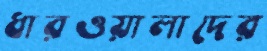
ধারওয়ালাদের